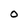
Character: O